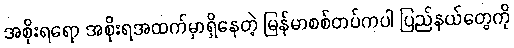
အစိုးရရော အစိုးရအထက်မှာရှိနေတဲ့ မြန်မာစစ်တပ်ကပါ ပြည်နယ်တွေကို